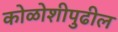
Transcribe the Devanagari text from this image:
कोळोशीपुढील